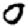
Digit: 0